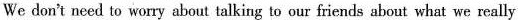
We don't need to worry about talking to our friends about what we really